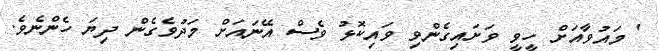
' މައުވާއަށް ހީވީ ވަށައިގެންވި ވައިކޮޅު ވެސް އޭނައަށް މަދުވެގެން ދިޔަ ހެންނެވެ.